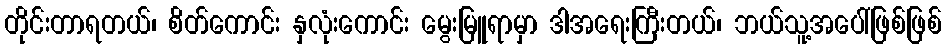
တိုင်းတာရတယ်၊ စိတ်ကောင်း နှလုံးကောင်း မွေးမြူရာမှာ ဒါအရေးကြီးတယ်၊ ဘယ်သူ့အပေါ်ဖြစ်ဖြစ်